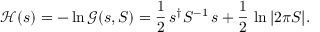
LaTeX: { \mathcal { H } } ( s ) = - \ln { \mathcal { G } } ( s , S ) = { \frac { 1 } { 2 } } \, s ^ { \dagger } S ^ { - 1 } \, s + { \frac { 1 } { 2 } } \, \ln | 2 \pi S | .